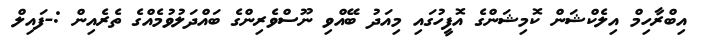
އިބްރާހިމް އިލެކްޝަން ކޮމިޝަންގެ އޮފީހުގައި މިއަދު ބޭއްވި ނޫސްވެރިންގެ ބައްދަލުވުމެއްގެ ތެރެއިން :-ފައިލް